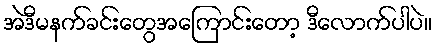
အဲဒီမနက်ခင်းတွေအကြောင်းတော့ ဒီလောက်ပါပဲ။